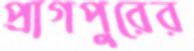
প্রাগপুরের